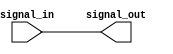
module LVCMOS_buffer (
    input wire signal_in,
    output reg signal_out
);

always @(signal_in)
begin
    signal_out <= signal_in;
end

endmodule